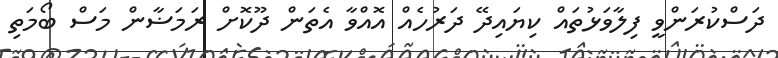
ދަސްކުރަންވީ ފިލާވަޅުތައް ކިޔައިދޭ ދަރުހެއް އޮއްވާ އެތަން ދޫކޮށް ރަމަޟާން މަސް ބޯމަތި